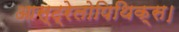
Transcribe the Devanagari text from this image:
आस्ट्रेलोपिथिक्स।